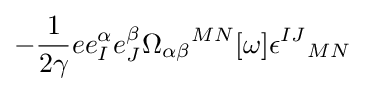
-{1 \over 2\gamma }ee_{I}^{\alpha }e_{J}^{\beta }{\Omega _{\alpha \beta }}^{MN}[\omega ]{\epsilon ^{IJ}}_{MN}